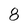
Character: 8